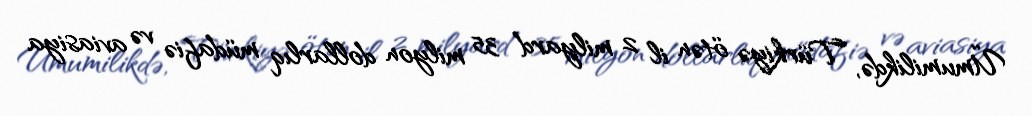
Ümumilikdə, Türkiyə ötən il 2 milyard 35 milyon dollarlıq müdafiə və aviasiya